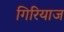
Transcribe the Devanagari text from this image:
गिरियाज